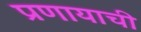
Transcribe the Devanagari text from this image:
प्रणायाची